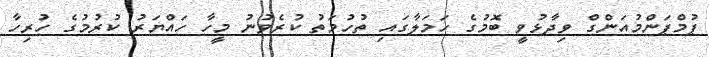
ޕުމްޕަންމުއަންގް ވިދާޅުވީ ބޮމުގެ ހަމަލާގައި ތުހުމަތު ކުރެވުނު މީހާ ހައްޔަރު ކުރުމުގެ ހުރިހާ